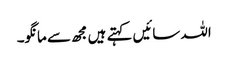
اللہ سائیں کہتے ہیں مجھ سے مانگو۔